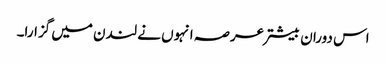
اس دوران بیشتر عرصہ انہوں نے لندن میں گزارا۔